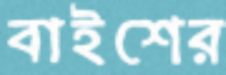
বাইশের